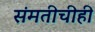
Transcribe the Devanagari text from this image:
संमतीचीही